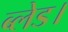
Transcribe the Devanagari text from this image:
ब्लेड।